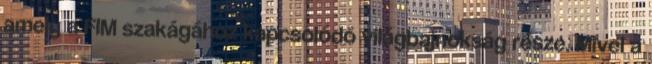
amely a FIM szakágához kapcsolódó világbajnokság része. Mivel a